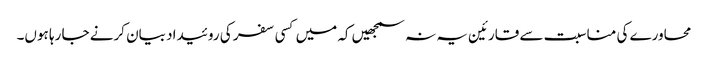
محاورے کی مناسبت سے قارئین یہ نہ سمجھیں کہ میں کسی سفر کی روئیداد بیان کرنے جا رہا ہوں۔